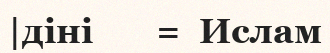
|діні       =  Ислам